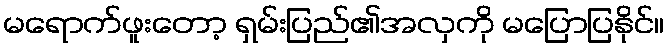
မရောက်ဖူးတော့ ရှမ်းပြည်၏အလှကို မပြောပြနိုင်။